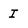
Character: I